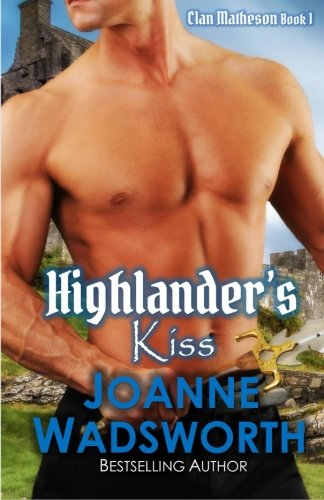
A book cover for Highlander's Kiss (Clan Matheson) (Volume 1); Joanne Wadsworth; Romance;